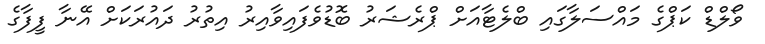
ވޯލްޑް ކަޕްގެ މައްސަލާގައި ބްލެޓާއަށް ޕްރެޝަރު ބޮޑުވެފައިވާއިރު އިތުރު ދައުރަކަށް އޭނާ ފީފާގެ